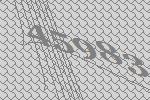
45983